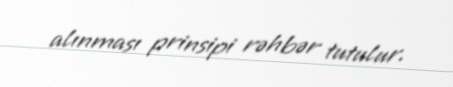
alınması prinsipi rəhbər tutulur.